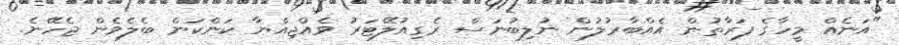
"އަނެއް މީހާގެ ފަރާތުން އެއްބާރުލުން ނުލިބުނަސް ރެގިއުލޭޓަރު ވެއްޖިއްޔާ ކަންކަން ބެލެވެން ޖެހޭނެ.